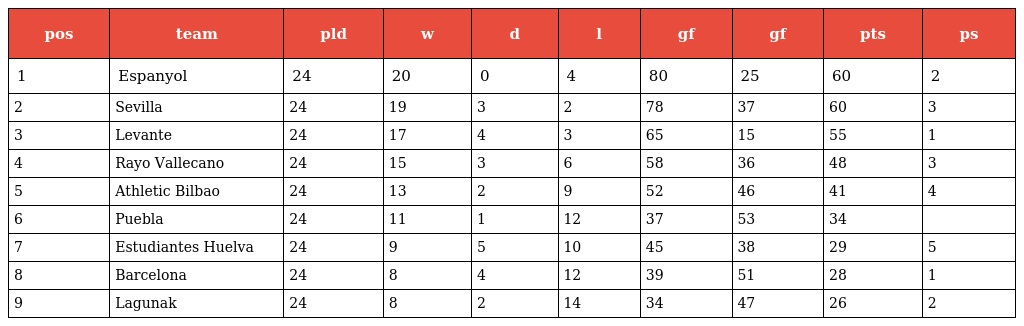
| pos | team | pld | w | d | l | gf | gf | pts | ps |
 | --- | --- | --- | --- | --- | --- | --- | --- | --- | --- |
 | 1 | Espanyol | 24 | 20 | 0 | 4 | 80 | 25 | 60 | 2 |
 | 2 | Sevilla | 24 | 19 | 3 | 2 | 78 | 37 | 60 | 3 |
 | 3 | Levante | 24 | 17 | 4 | 3 | 65 | 15 | 55 | 1 |
 | 4 | Rayo Vallecano | 24 | 15 | 3 | 6 | 58 | 36 | 48 | 3 |
 | 5 | Athletic Bilbao | 24 | 13 | 2 | 9 | 52 | 46 | 41 | 4 |
 | 6 | Puebla | 24 | 11 | 1 | 12 | 37 | 53 | 34 |  |
 | 7 | Estudiantes Huelva | 24 | 9 | 5 | 10 | 45 | 38 | 29 | 5 |
 | 8 | Barcelona | 24 | 8 | 4 | 12 | 39 | 51 | 28 | 1 |
 | 9 | Lagunak | 24 | 8 | 2 | 14 | 34 | 47 | 26 | 2 |